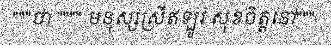
"""ថា """" មនុស្សស្រីឥឡូវ សុខចិត្តនៅ"""